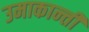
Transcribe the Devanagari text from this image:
उमाकान्‍ती